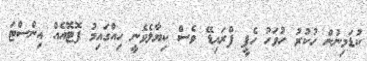
ކުޑަމިނުން ހުކުރު ހުވަހު ހެޕީ ފްރައިޑޭ ވެސް ކިޔާލެވެނީ ހިއްގައިމު ފޮޓޮއެއް އިންސްޓަ